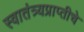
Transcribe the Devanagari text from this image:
स्वातंत्र्यप्राप्तीचे